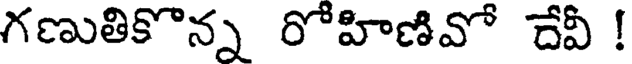
గణుతికొన్న రోహిణివో దేవీ !